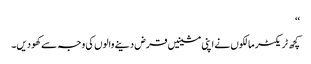
‘‘
کچھ ٹریکٹر مالکوں نے اپنی مشینیں قرض دینے والوں کی وجہ سے کھو دیں۔